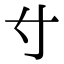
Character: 𡬝